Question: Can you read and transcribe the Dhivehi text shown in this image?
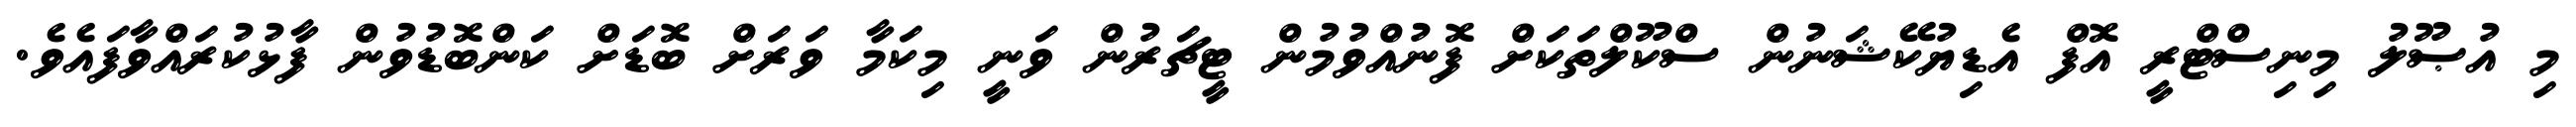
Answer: މި އުޞޫލު މިނިސްޓްރީ އޮފް އެޑިޔުކޭޝަނުން ސްކޫލްތަކަށް ފޮނުއްވުމުން ޓީޗަރުން ވަނީ މިކަމާ ވަރަށް ބޮޑަށް ކަންބޮޑުވުން ފާޅުކުރައްވާފައެވެ.